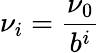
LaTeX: \nu_{i}=\frac{\nu_{0}}{b^{i}}